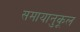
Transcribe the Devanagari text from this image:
समायानुकूल